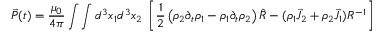
\vec { P } ( t ) = \frac { \mu _ { 0 } } { 4 \pi } \int \int d ^ { 3 } x _ { 1 } d ^ { 3 } x _ { 2 } ~ \left[ \frac { 1 } { 2 } \left( \rho _ { 2 } \partial _ { t } \rho _ { 1 } - \rho _ { 1 } \partial _ { t } \rho _ { 2 } \right) \hat { R } - ( \rho _ { 1 } \vec { J } _ { 2 } + \rho _ { 2 } \vec { J } _ { 1 } ) R ^ { - 1 } \right]